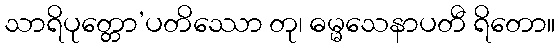
သာရိပုတ္တော’ပတိဿော တု၊ ဓမ္မသေနာပတီ ရိတော။